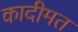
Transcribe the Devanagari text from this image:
कादीमत